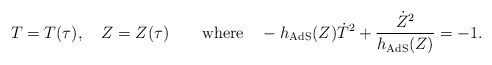
\begin{align*}T=T(\tau), \quad Z=Z(\tau) \qquad \textrm{where} \quad-h_\textrm{AdS}(Z)\dot T^2+\frac{\dot Z^2}{h_\textrm{AdS}(Z)}=-1.\end{align*}